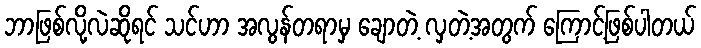
ဘာဖြစ်လို့လဲဆိုရင် သင်ဟာ အလွန်တရာမှ ချောတဲ့ လှတဲ့အတွက် ကြောင့်ဖြစ်ပါတယ်